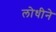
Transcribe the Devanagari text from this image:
लोधीने